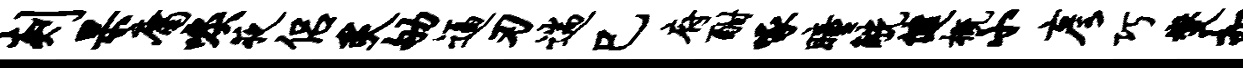
剡杲庸唳夜侣炙劬逼刃遄巳府酣啄瞳觥健概小彦巧燮扣臻